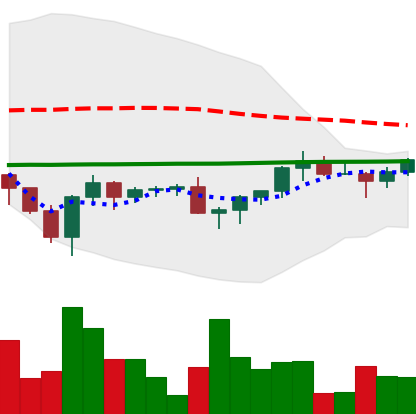
Ticker: XRP-USD
Chart end date: 2022-11-30
Forward return: -4.687%
Label: down_3_5